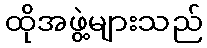
ထိုအဖွဲ့များသည်